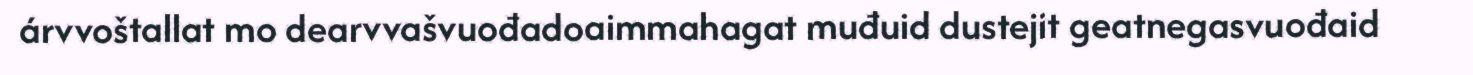
árvvoštallat mo dearvvašvuođadoaimmahagat muđuid dustejit geatnegasvuođaid